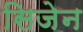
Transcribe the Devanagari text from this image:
सिजेन